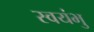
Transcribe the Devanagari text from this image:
स्‍वयंभु